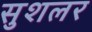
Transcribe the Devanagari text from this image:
सुशलर